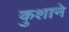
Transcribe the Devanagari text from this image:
कुशाने